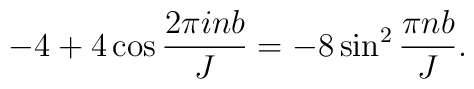
-4+4\cos \frac{2\pi i n b}{J}=-8\sin^2 \frac{\pi n b}{J}.